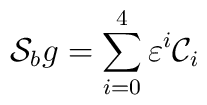
{\cal S}_b g=\sum_{i=0}^4\varepsilon^i{\cal C}_i